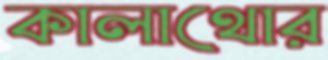
কালাথোর